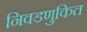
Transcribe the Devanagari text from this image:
निवडणुकित